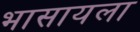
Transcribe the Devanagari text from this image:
भासायला